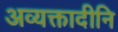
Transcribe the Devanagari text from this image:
अव्यक्तादीनि